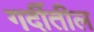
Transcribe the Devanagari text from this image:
गर्दीतील